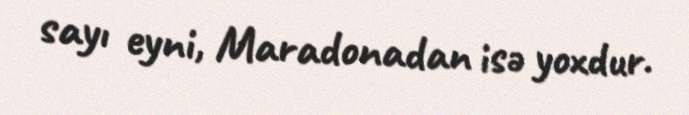
sayı eyni, Maradonadan isə yoxdur.